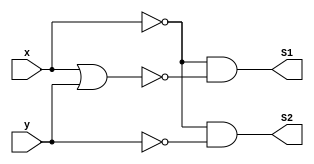
/**
 * @file Guia_0402.v
 * @author 784778 - Wallace Freitas Oliveira (https://github.com/Olivwallace)
 * @brief Guia 04 Exercicio 02 - Arquitetura de Computadores I (PUC-Minas 1/2023)
 * @date 03-03-2023
 */

 module Questao_A(output S1, S2, input x, y);
    assign S1 = ~x & ~(x | y);
    assign S2 = ~x & ~y;
 endmodule

 module Questao_B(output S1, S2, input x, y);
    assign S1 = (~x | ~y) | (~x & y);
    assign S2 = ~x | ~y;
 endmodule

 module Questao_C(output S1, S2, input x, y);
    assign S1 = ~(x & ~y) & (~x | y);
    assign S2 = ~x | y;
 endmodule

 module Questao_D(output S1, S2, input x, y);
    assign S1 = ~(~x & y) | ~(~x | y);
    assign S2 = (x | ~y);
 endmodule

 module Questao_E(output S1, S2, input x, y);
    assign S1 =  ~(~y | x) & (y | ~x);
    assign S2 = y & ~x;
 endmodule